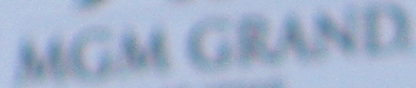
MGM GRAND